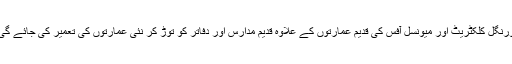
ورنگل کلکٹریٹ اور میونسل آفس کی قدیم عمارتوں کے علاوہ قدیم مدارس اور دفاتر کو توڑ کر نئی عمارتوں کی تعمیر کی جائے گی۔